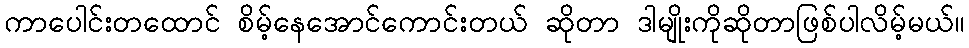
ကာပေါင်းတထောင် စိမ့်နေအောင်ကောင်းတယ် ဆိုတာ ဒါမျိုးကိုဆိုတာဖြစ်ပါလိမ့်မယ်။